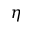
\eta